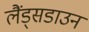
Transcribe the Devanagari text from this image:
लैंड्सडाउन